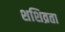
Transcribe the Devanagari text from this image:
शशिव्रता